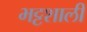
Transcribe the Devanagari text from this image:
भट्टशाली